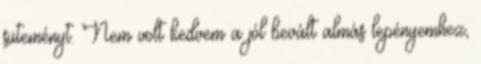
süteményt. Nem volt kedvem a jól bevált almás lepényemhez,